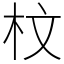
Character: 𣐀